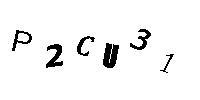
P2CU31